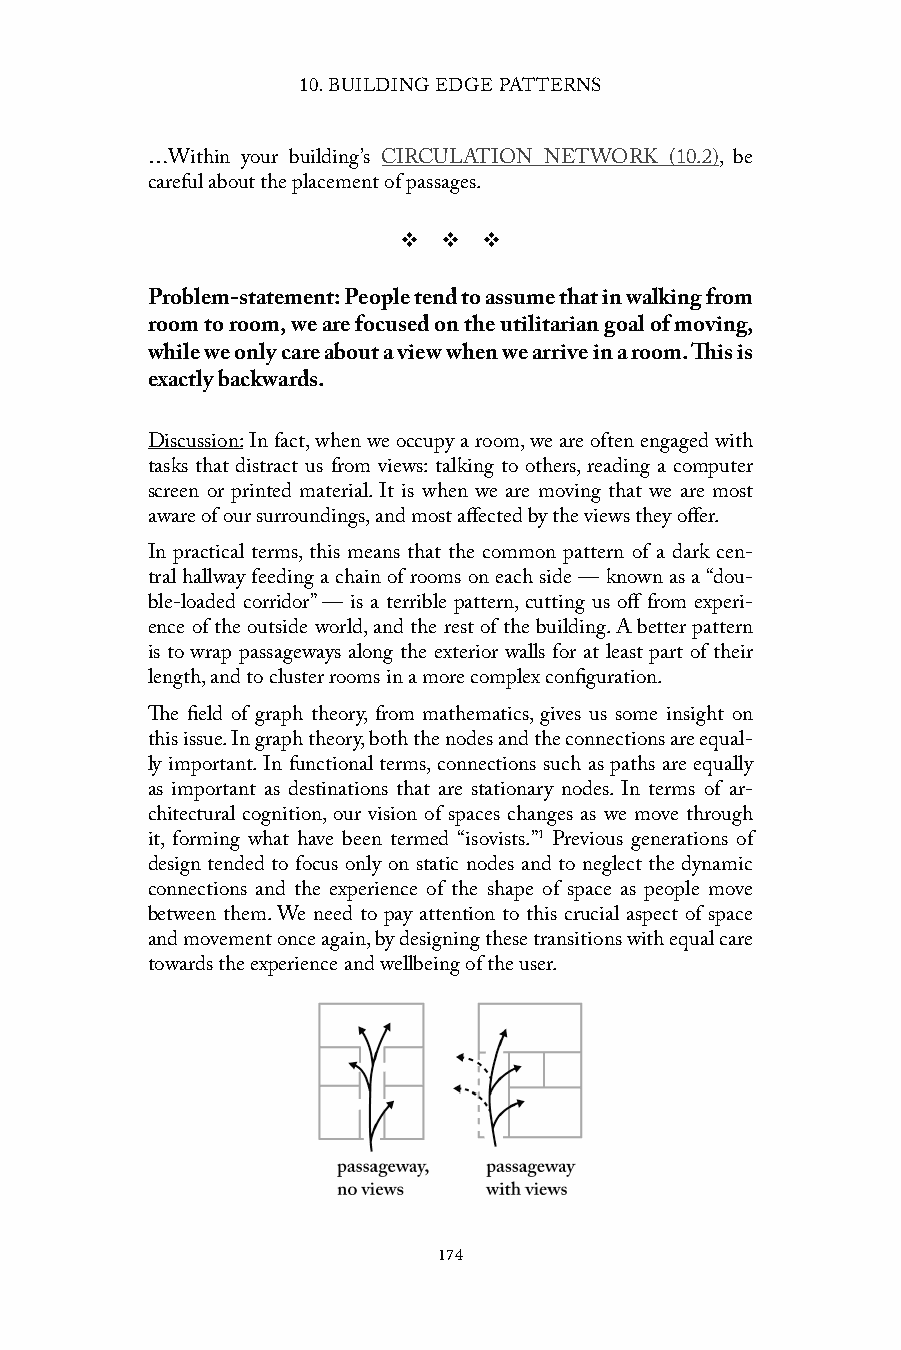
10. BUILDING EDGE PATTERNS
 …Within your building’s CIRCULATION NETWORK (10.2), be
 careful about the placement of passages.
 v  v  v
 Problem-statement: People tend to assume that in walking from
 room to room, we are focused on the utilitarian goal of moving,
 while we only care about a view when we arrive in a room. This is
 exactly backwards.
 Discussion: In fact, when we occupy a room, we are often engaged with
 tasks that distract us from views: talking to others, reading a computer
 screen or printed material. It is when we are moving that we are most
 aware of our surroundings, and most affected by the views they offer.
 In practical terms, this means that the common pattern of a dark cen-
 tral hallway feeding a chain of rooms on each side — known as a “dou-
 ble-loaded corridor” — is a terrible pattern, cutting us off from experi-
 ence of the outside world, and the rest of the building. A better pattern
 is to wrap passageways along the exterior walls for at least part of their
 length, and to cluster rooms in a more complex configuration.
 The field of graph theory, from mathematics, gives us some insight on
 this issue. In graph theory, both the nodes and the connections are equal-
 ly important. In functional terms, connections such as paths are equally
 as important as destinations that are stationary nodes. In terms of ar-
 chitectural cognition, our vision of spaces changes as we move through
 it, forming what have been termed “isovists.”1 Previous generations of
 design tended to focus only on static nodes and to neglect the dynamic
 connections and the experience of the shape of space as people move
 between them. We need to pay attention to this crucial aspect of space
 and movement once again, by designing these transitions with equal care
 towards the experience and wellbeing of the user.
 174